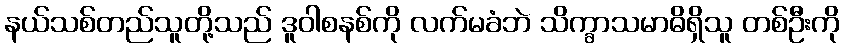
နယ်သစ်တည်သူတို့သည် ဒူဝါစနစ်ကို လက်မခံဘဲ သိက္ခာသမာဓိရှိသူ တစ်ဦးကို